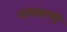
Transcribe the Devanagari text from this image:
नामवाणी